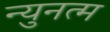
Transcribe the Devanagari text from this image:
न्युनत्म